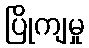
ပြိုကျမှု